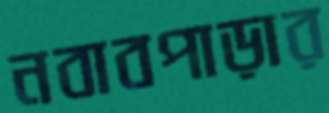
নবাবপাড়ার